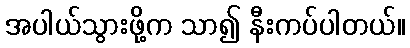
အပါယ်သွားဖို့က သာ၍ နီးကပ်ပါတယ်။